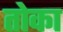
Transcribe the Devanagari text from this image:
तोका